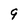
Character: 9